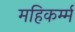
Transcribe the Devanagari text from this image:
महिकर्म्म